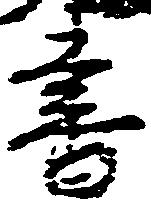
書